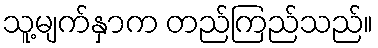
သူ့မျက်နှာက တည်ကြည်သည်။